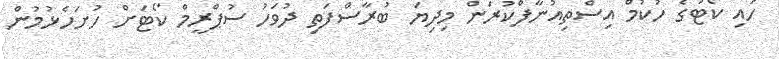
ހައި ކޯޓުގެ ހުކުމް އިސްތިއުނާފްކުރަން މިދިޔަ ބުރާސްފަތި ދުވަހު ސުޕްރީމް ކޯޓަށް ހުށަހެޅުމުން